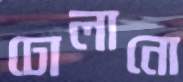
ঢোলানো